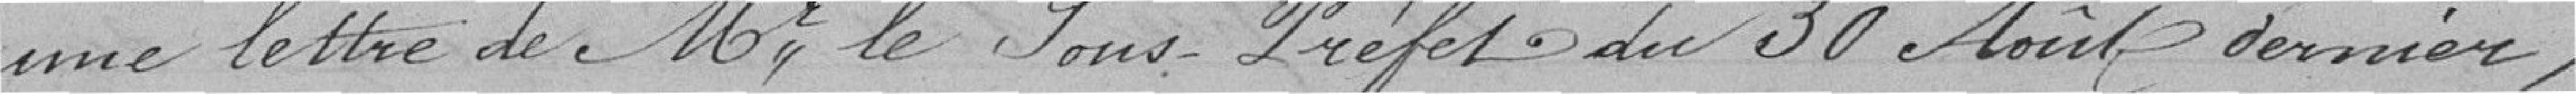
une lettre de Monsieur Le Sous-Préfet du 30 août dernier